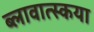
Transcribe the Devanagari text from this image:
ब्लावात्स्कया